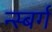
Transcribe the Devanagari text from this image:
न्स्बर्ग